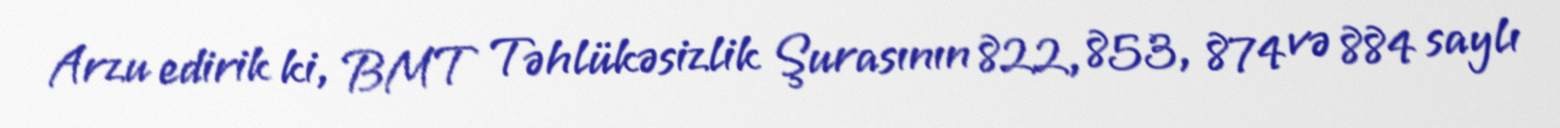
Arzu edirik ki, BMT Təhlükəsizlik Şurasının 822, 853, 874 və 884 saylı